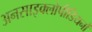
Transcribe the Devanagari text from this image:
अनसाइक्लोपीडियनों